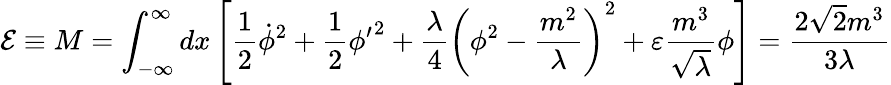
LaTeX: {\cal E}\equiv M=\int_{-\infty}^{\infty}dx\left[\frac{1}{2}{\dot{\phi}}^{2}+\frac{1}{2}{{\phi}^{\prime}}^{2}+\frac{\lambda}{4}\left(\phi^{2}-\frac{m^{2}}{\lambda}\right)^{2}+\varepsilon\frac{m^{3}}{\sqrt\lambda}\phi\right]=\frac{2{\sqrt 2}m^{3}}{3\lambda}